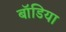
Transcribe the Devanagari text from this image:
बॉडिया